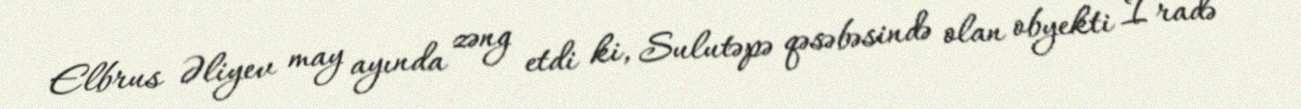
Elbrus Əliyev may ayında zəng etdi ki, Sulutəpə qəsəbəsində olan obyekti İradə